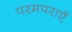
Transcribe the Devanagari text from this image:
परमपराएँ